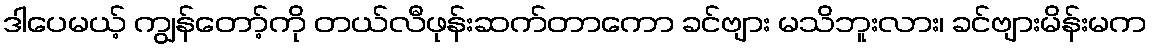
ဒါပေမယ့် ကျွန်တော့်ကို တယ်လီဖုန်းဆက်တာကော ခင်ဗျား မသိဘူးလား၊ ခင်ဗျားမိန်းမက